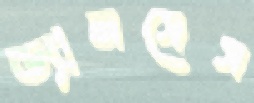
ড্যানসেস